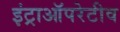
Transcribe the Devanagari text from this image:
इंट्राऑपरेटीव